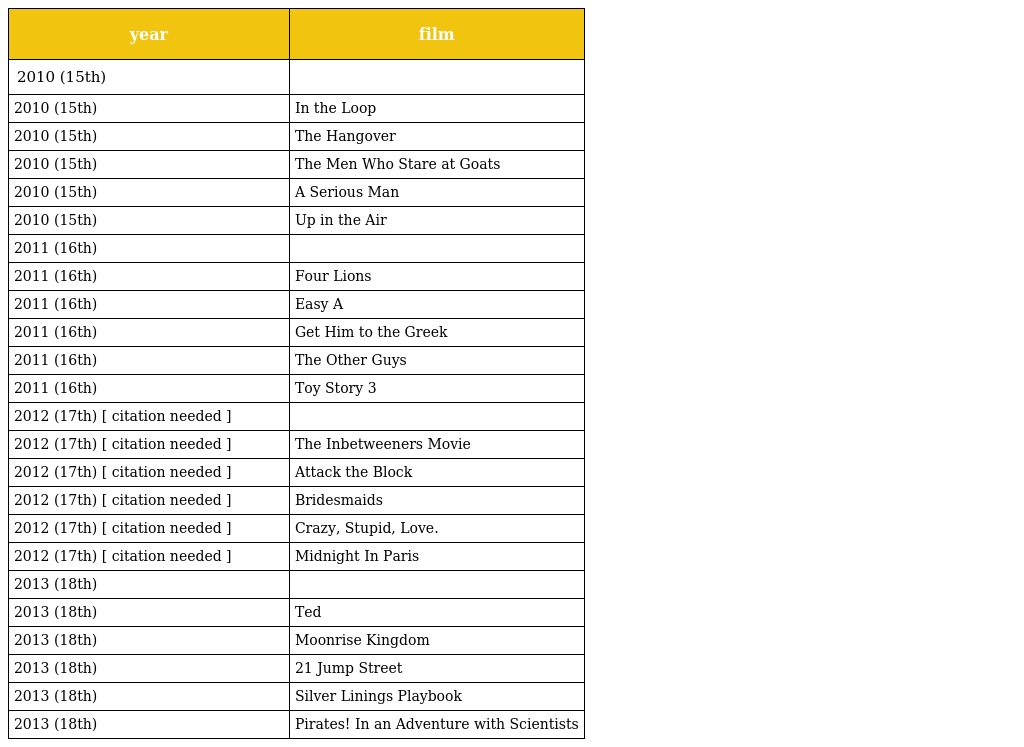
| year | film |
 | --- | --- |
 | 2010 (15th) |  |
 | 2010 (15th) | In the Loop |
 | 2010 (15th) | The Hangover |
 | 2010 (15th) | The Men Who Stare at Goats |
 | 2010 (15th) | A Serious Man |
 | 2010 (15th) | Up in the Air |
 | 2011 (16th) |  |
 | 2011 (16th) | Four Lions |
 | 2011 (16th) | Easy A |
 | 2011 (16th) | Get Him to the Greek |
 | 2011 (16th) | The Other Guys |
 | 2011 (16th) | Toy Story 3 |
 | 2012 (17th) [ citation needed ] |  |
 | 2012 (17th) [ citation needed ] | The Inbetweeners Movie |
 | 2012 (17th) [ citation needed ] | Attack the Block |
 | 2012 (17th) [ citation needed ] | Bridesmaids |
 | 2012 (17th) [ citation needed ] | Crazy, Stupid, Love. |
 | 2012 (17th) [ citation needed ] | Midnight In Paris |
 | 2013 (18th) |  |
 | 2013 (18th) | Ted |
 | 2013 (18th) | Moonrise Kingdom |
 | 2013 (18th) | 21 Jump Street |
 | 2013 (18th) | Silver Linings Playbook |
 | 2013 (18th) | Pirates! In an Adventure with Scientists |